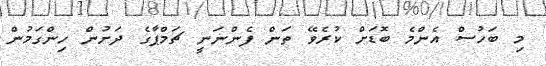
މި ބަހުސް އެންމެ ބޮޑަށް ކުރެވޭ ތަން ފެންނަނީ ޗަމްޕާގެ ދަށުން ހިންގަމުން